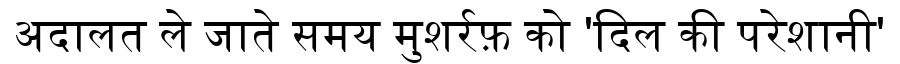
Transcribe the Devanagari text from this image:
अदालत ले जाते समय मुशर्रफ़ को 'दिल की परेशानी'